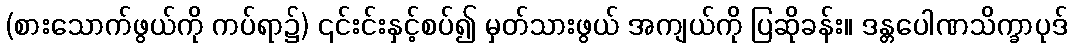
(စားသောက်ဖွယ်ကို ကပ်ရာ၌) ၎င်းင်းနှင့်စပ်၍ မှတ်သားဖွယ် အကျယ်ကို ပြဆိုခန်း။ ဒန္တပေါဏသိက္ခာပုဒ်